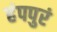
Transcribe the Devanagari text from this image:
हंपपुरं